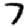
Digit: 7